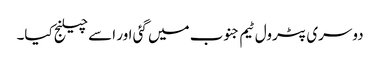
دوسری پٹرول ٹیم جنوب میں گئی اور اسے چیلنج کیا۔